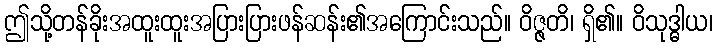
ဤသို့တန်ခိုးအထူးထူးအပြားပြားဖန်ဆန်း၏အကြောင်းသည်။ ဝိဇ္ဇတိ၊ ရှိ၏။ ဝိသုဒ္ဓါယ၊